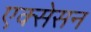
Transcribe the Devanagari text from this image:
एक्सेसन